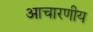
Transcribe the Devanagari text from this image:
आचारणीय